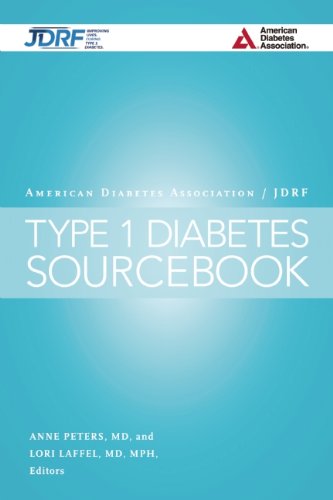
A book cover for The American Diabetes Association/JDRF Type 1 Diabetes Sourcebook; Health, Fitness & Dieting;